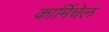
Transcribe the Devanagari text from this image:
कार्मिचेल